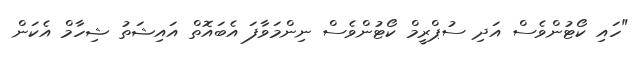
"ހައި ކޯޓުންވެސް އަދި ސުޕްރީމް ކޯޓުންވެސް ނިންމަވާފަ އެބައޮތް އައިޝަތު ޝިހާމް އެކަން